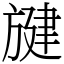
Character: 旔